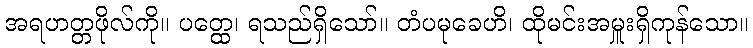
အရဟတ္တဖိုလ်ကို။ ပတ္ထေ၊ ရသည်ရှိသော်။ တံပမုခေဟိ၊ ထိုမင်းအမှူးရှိကုန်သော။